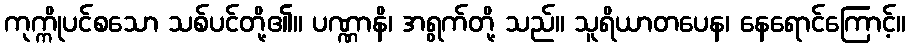
ကုက္ကိုပင်စသော သစ်ပင်တို့၏။ ပဏ္ဏာနိ၊ အရွက်တို့ သည်။ သူရိယာတပေန၊ နေရောင်ကြောင့်။